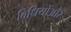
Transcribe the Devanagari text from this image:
विधियोंऔर